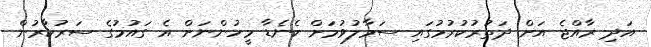
އަދި ރާއްޖެ އަށް ދަތުރުކުރުމުގައި ސަމާލުވުމަށް ކެނެޑާ މީހުންނަށް އެ ގައުމުގެ ސަރުކާރުން